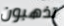
تذهبون